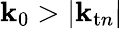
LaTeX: \mathbf{k}_{0}>|\mathbf{k}_{\mathrm{{t}}n}|